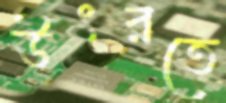
উৎরতে